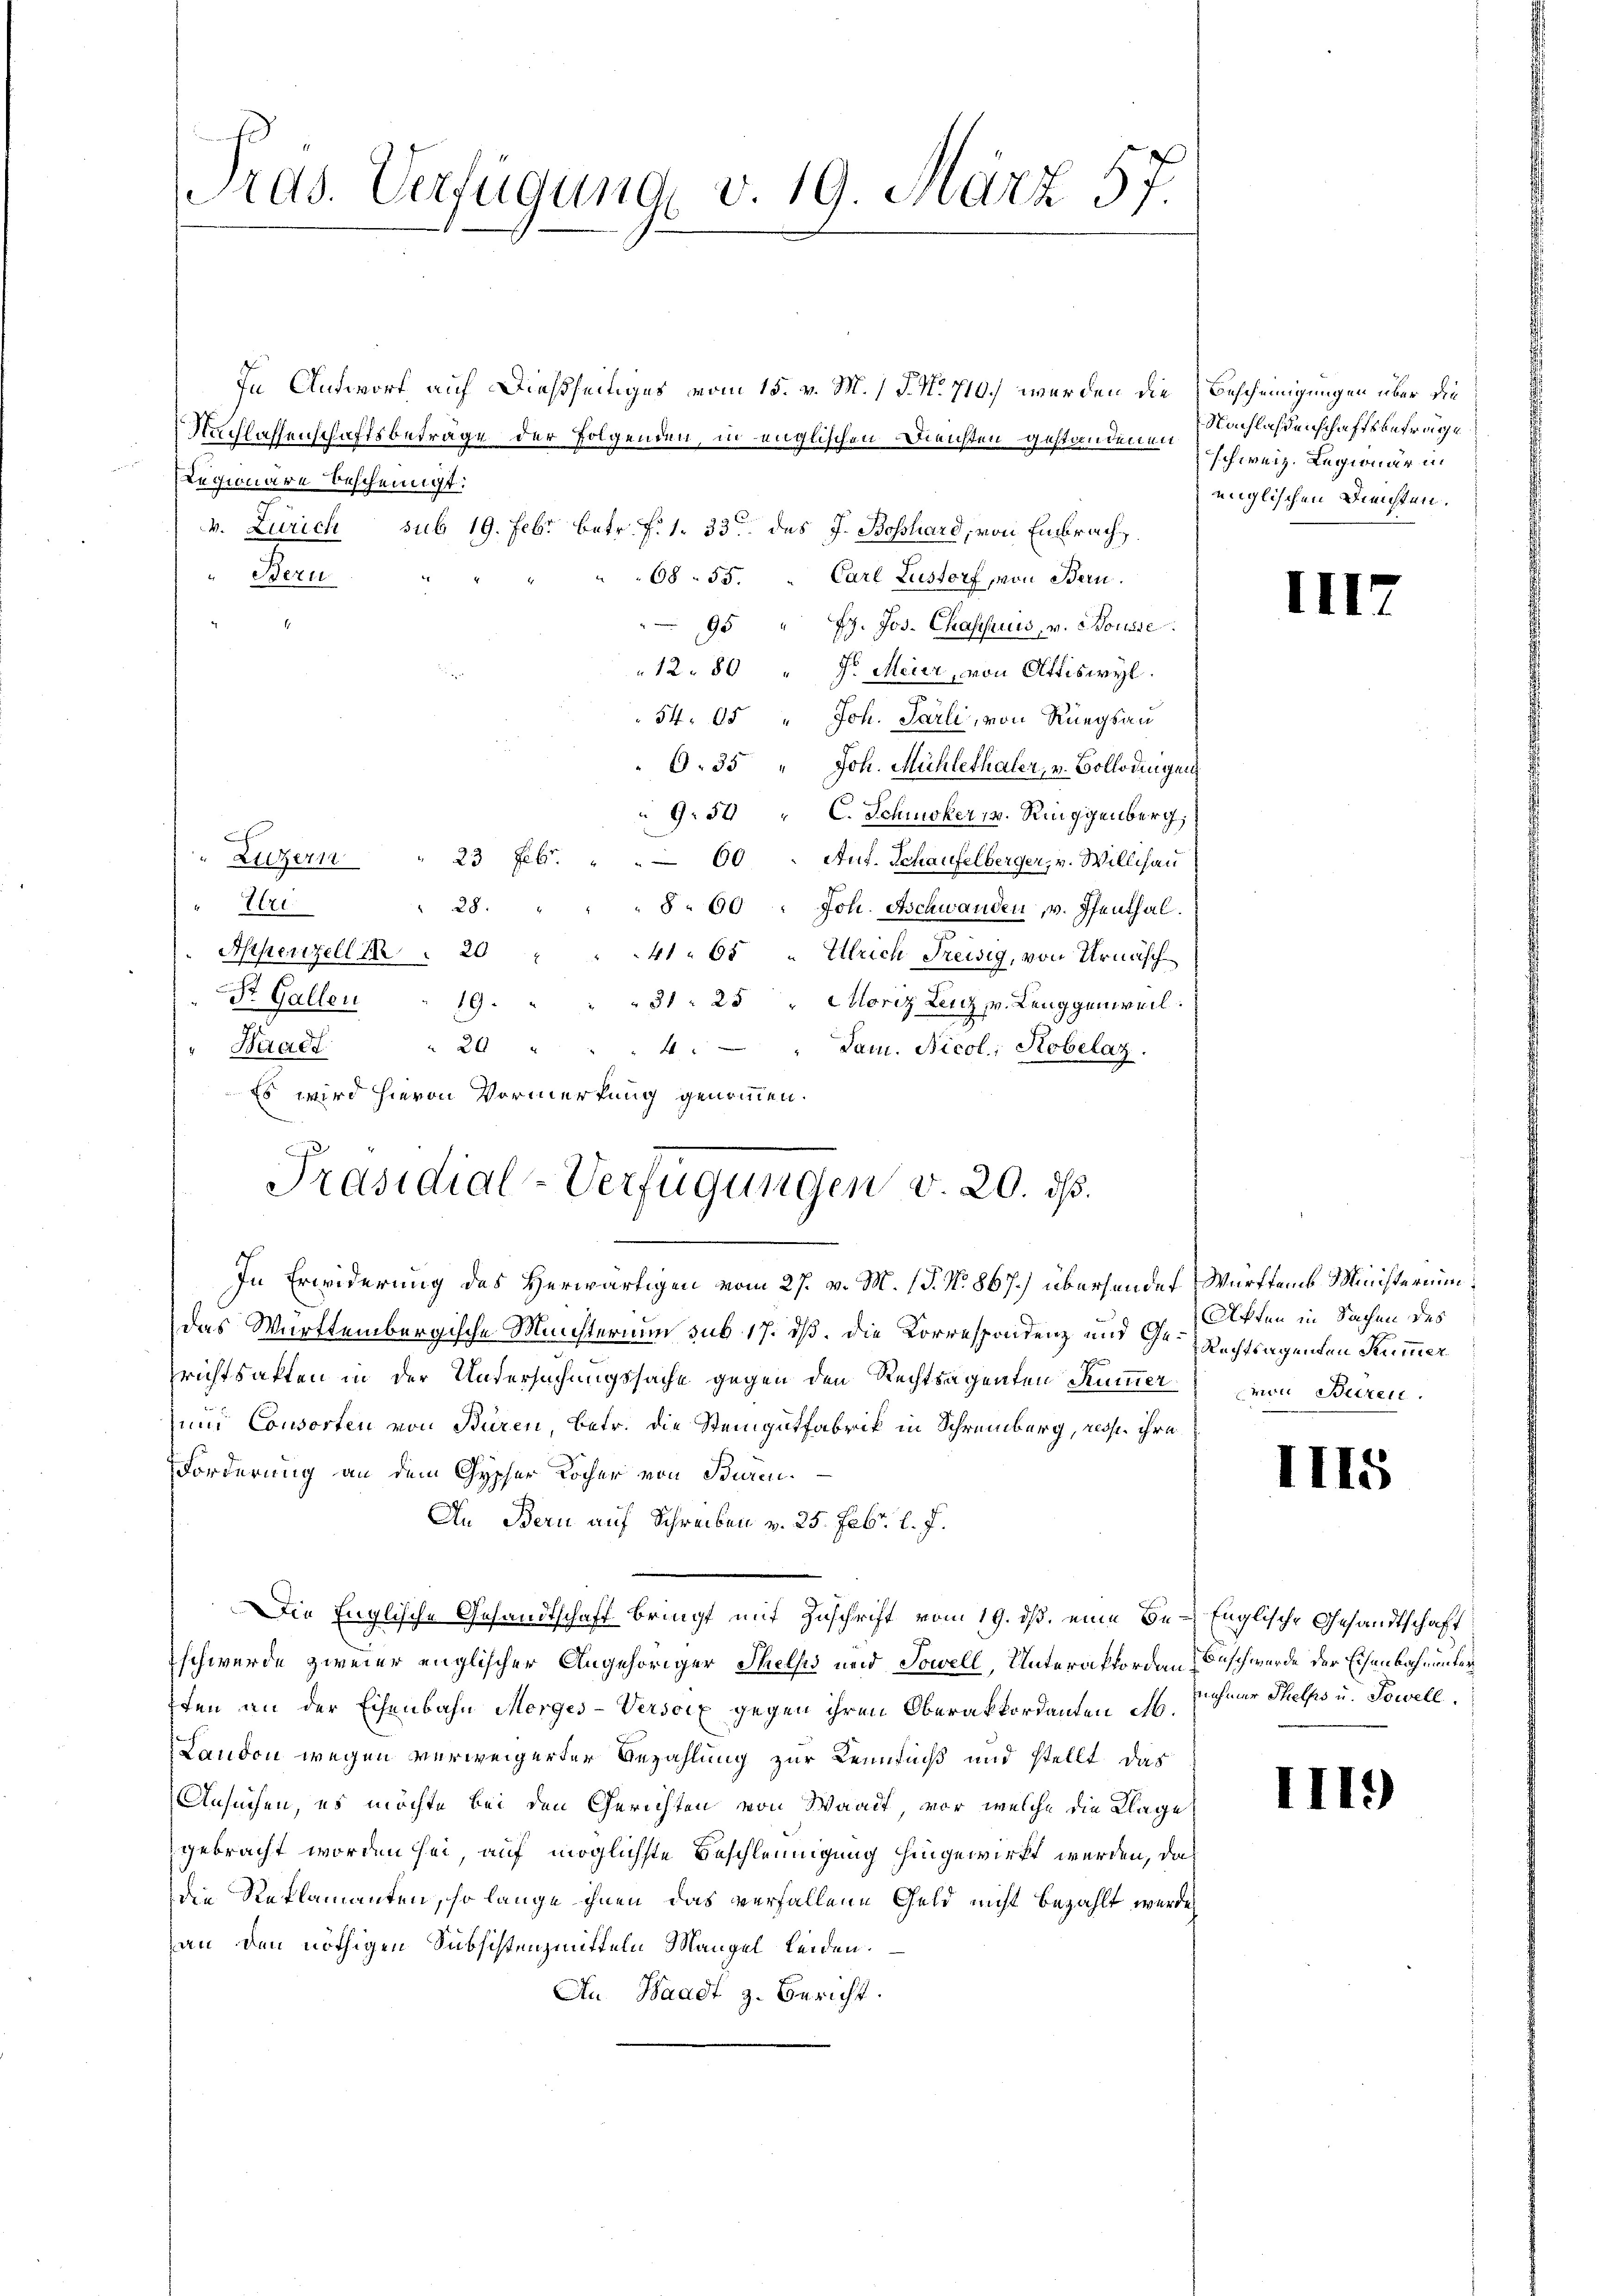
Ards. Verfügung v. 19. März 57.

In Antwort auf Dießseitiges vom 15. v. M. (T. No 710.) werden die Bescheinigungen über die
Nachlassenschaftsbeträge der Folgenden, in englischen Diensten gestandenenschweiz. Legionär an
euginäre bescheinigt:
v. Zürich sub 19. Febr. betr. f. 1. 33 des J. Bosshard, von Embrach
" Beru
68. 55. " Carl Lustorf, von Bern.
95 " Fr. Jos. Chassauis, v. 2. Tousse
12. 80 " Fr. Meier, von Ottiswyl
54. 05 " Joh. Parli, von Rüegsau
O. 35 " Joh. Michlethaler, v. Bollodingen
9.50 " C. Schwsker 18. Ringgenberg,
23 Febr. " " 60. Auf. Schaufelberger, v. Willihau
Luzern
" Eri
28.
8. 60 : Joh. Aschwanden, v. Pfenthal.
Appenzell 14. 20 " " 41. 65 " Ulrich Freisig, von Urnasch
St. Gallen " 19. " " " 31: 25 " Moriz Lerg v. Leuggenweil.
" Waadt
" 20 " " " 4. " Jan. Nicol: Hobelaz.
Es wird hievon Vormerkung genommen.
Präsidial-Verfügungen v. 20. ds.
1
In Erwiderung des Herwärtigen vom 27. v. M. (T. N. 867.) übersendet Württems Ministerium
das Württembergische Ministerium sub 17. dß. Die Korrespondenz und Ge- Rechtsagenden Kummer
prichtsakten in der Untersuchungssache gegen den Rechtsagenten Kummer von Buren.
und Consorten von Buren, betr. die Steingutfabrik in Schreiberg, resp. ihre
Forderung an dem Gypfer Kocher von Buren¬
An Bern auf Schreiben v. 25. Febr. l. J.
Die Englische Gesandtschaft bringt mit Zuschrift vom 19. dß, eine Be- Englische Gesandtschaft
schwerde zweier englischer Angehöriger Thellis und Sowell, Unterafforden Beschwurde der Eisenbahnunter
Iten an der Eisenbahn Morges-Versciz gegen ihren Oberakkordanten H. Schmer Thelfs u. Sowell.
Laudon wegen verweigerter Bezahlung zur Kenntniß und stellt das
Ansuchen, es möchte bei den Gerichten von Waadt, vor, welche die Klage
gebracht worden sei, auf möglichste Beschleunigung hingewirkt werden, das
die Reklamanten, so lange ihnen das verfallene Geld nicht bezahlt werde,
an den nöthigen Subsistenzmitteln Mangel leiden.
An Waadt z. Bericht.

Nachlaßenschaftsbefrage
englischen Diensten.

III

Akten in Sachen des

II

III)